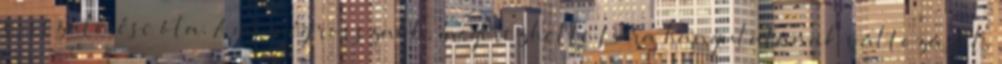
visszatérése óta. Ami még rosszabb, megérezhette Lara hangulatának változását,